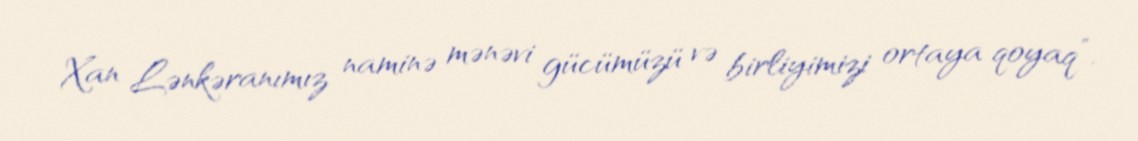
Xan Lənkəranımız naminə mənəvi gücümüzü və birliyimizi ortaya qoyaq”.